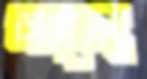
অসৃজ্